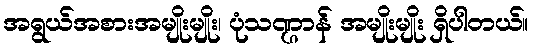
အရွယ်အစားအမျိုးမျိုး၊ ပုံသဏ္ဌာန် အမျိုးမျိုး ရှိပါတယ်။